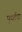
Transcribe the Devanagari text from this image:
पूणर्तया